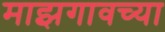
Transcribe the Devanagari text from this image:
माझगावच्या